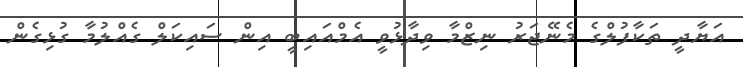
އަޔާދީ ތަކާފުލްގެ މެނޭޖަރު ނިޒްމާ ވިދާޅުވީ އެމްއައިބީ އިން ސައިކަލް ގެއްލުމާ ގުޅިގެން